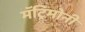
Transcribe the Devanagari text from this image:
मॅट्रिमोनी